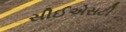
સીઈએસટી